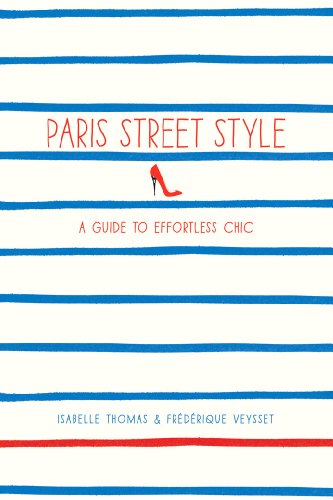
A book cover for Paris Street Style: A Guide to Effortless Chic; Isabelle Thomas; Arts & Photography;